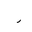
Letter: _ra